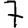
Digit: 7